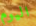
اليوم